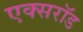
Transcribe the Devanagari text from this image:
एक्सरॉड